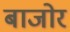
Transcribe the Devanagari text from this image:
बाजोर